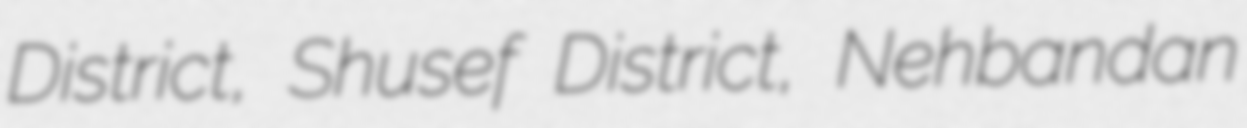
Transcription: District, Shusef District, Nehbandan